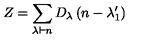
Z = \sum _ { \lambda \vdash n } D _ { \lambda } \left( n - \lambda _ { 1 } ^ { \prime } \right)